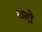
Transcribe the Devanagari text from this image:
यदो